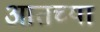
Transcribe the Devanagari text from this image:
आतच्या